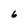
Character: 6